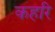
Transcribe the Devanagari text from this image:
कहरि